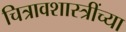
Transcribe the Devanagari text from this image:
चित्रावशास्त्रींच्या